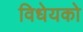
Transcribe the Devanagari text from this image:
विधेयको